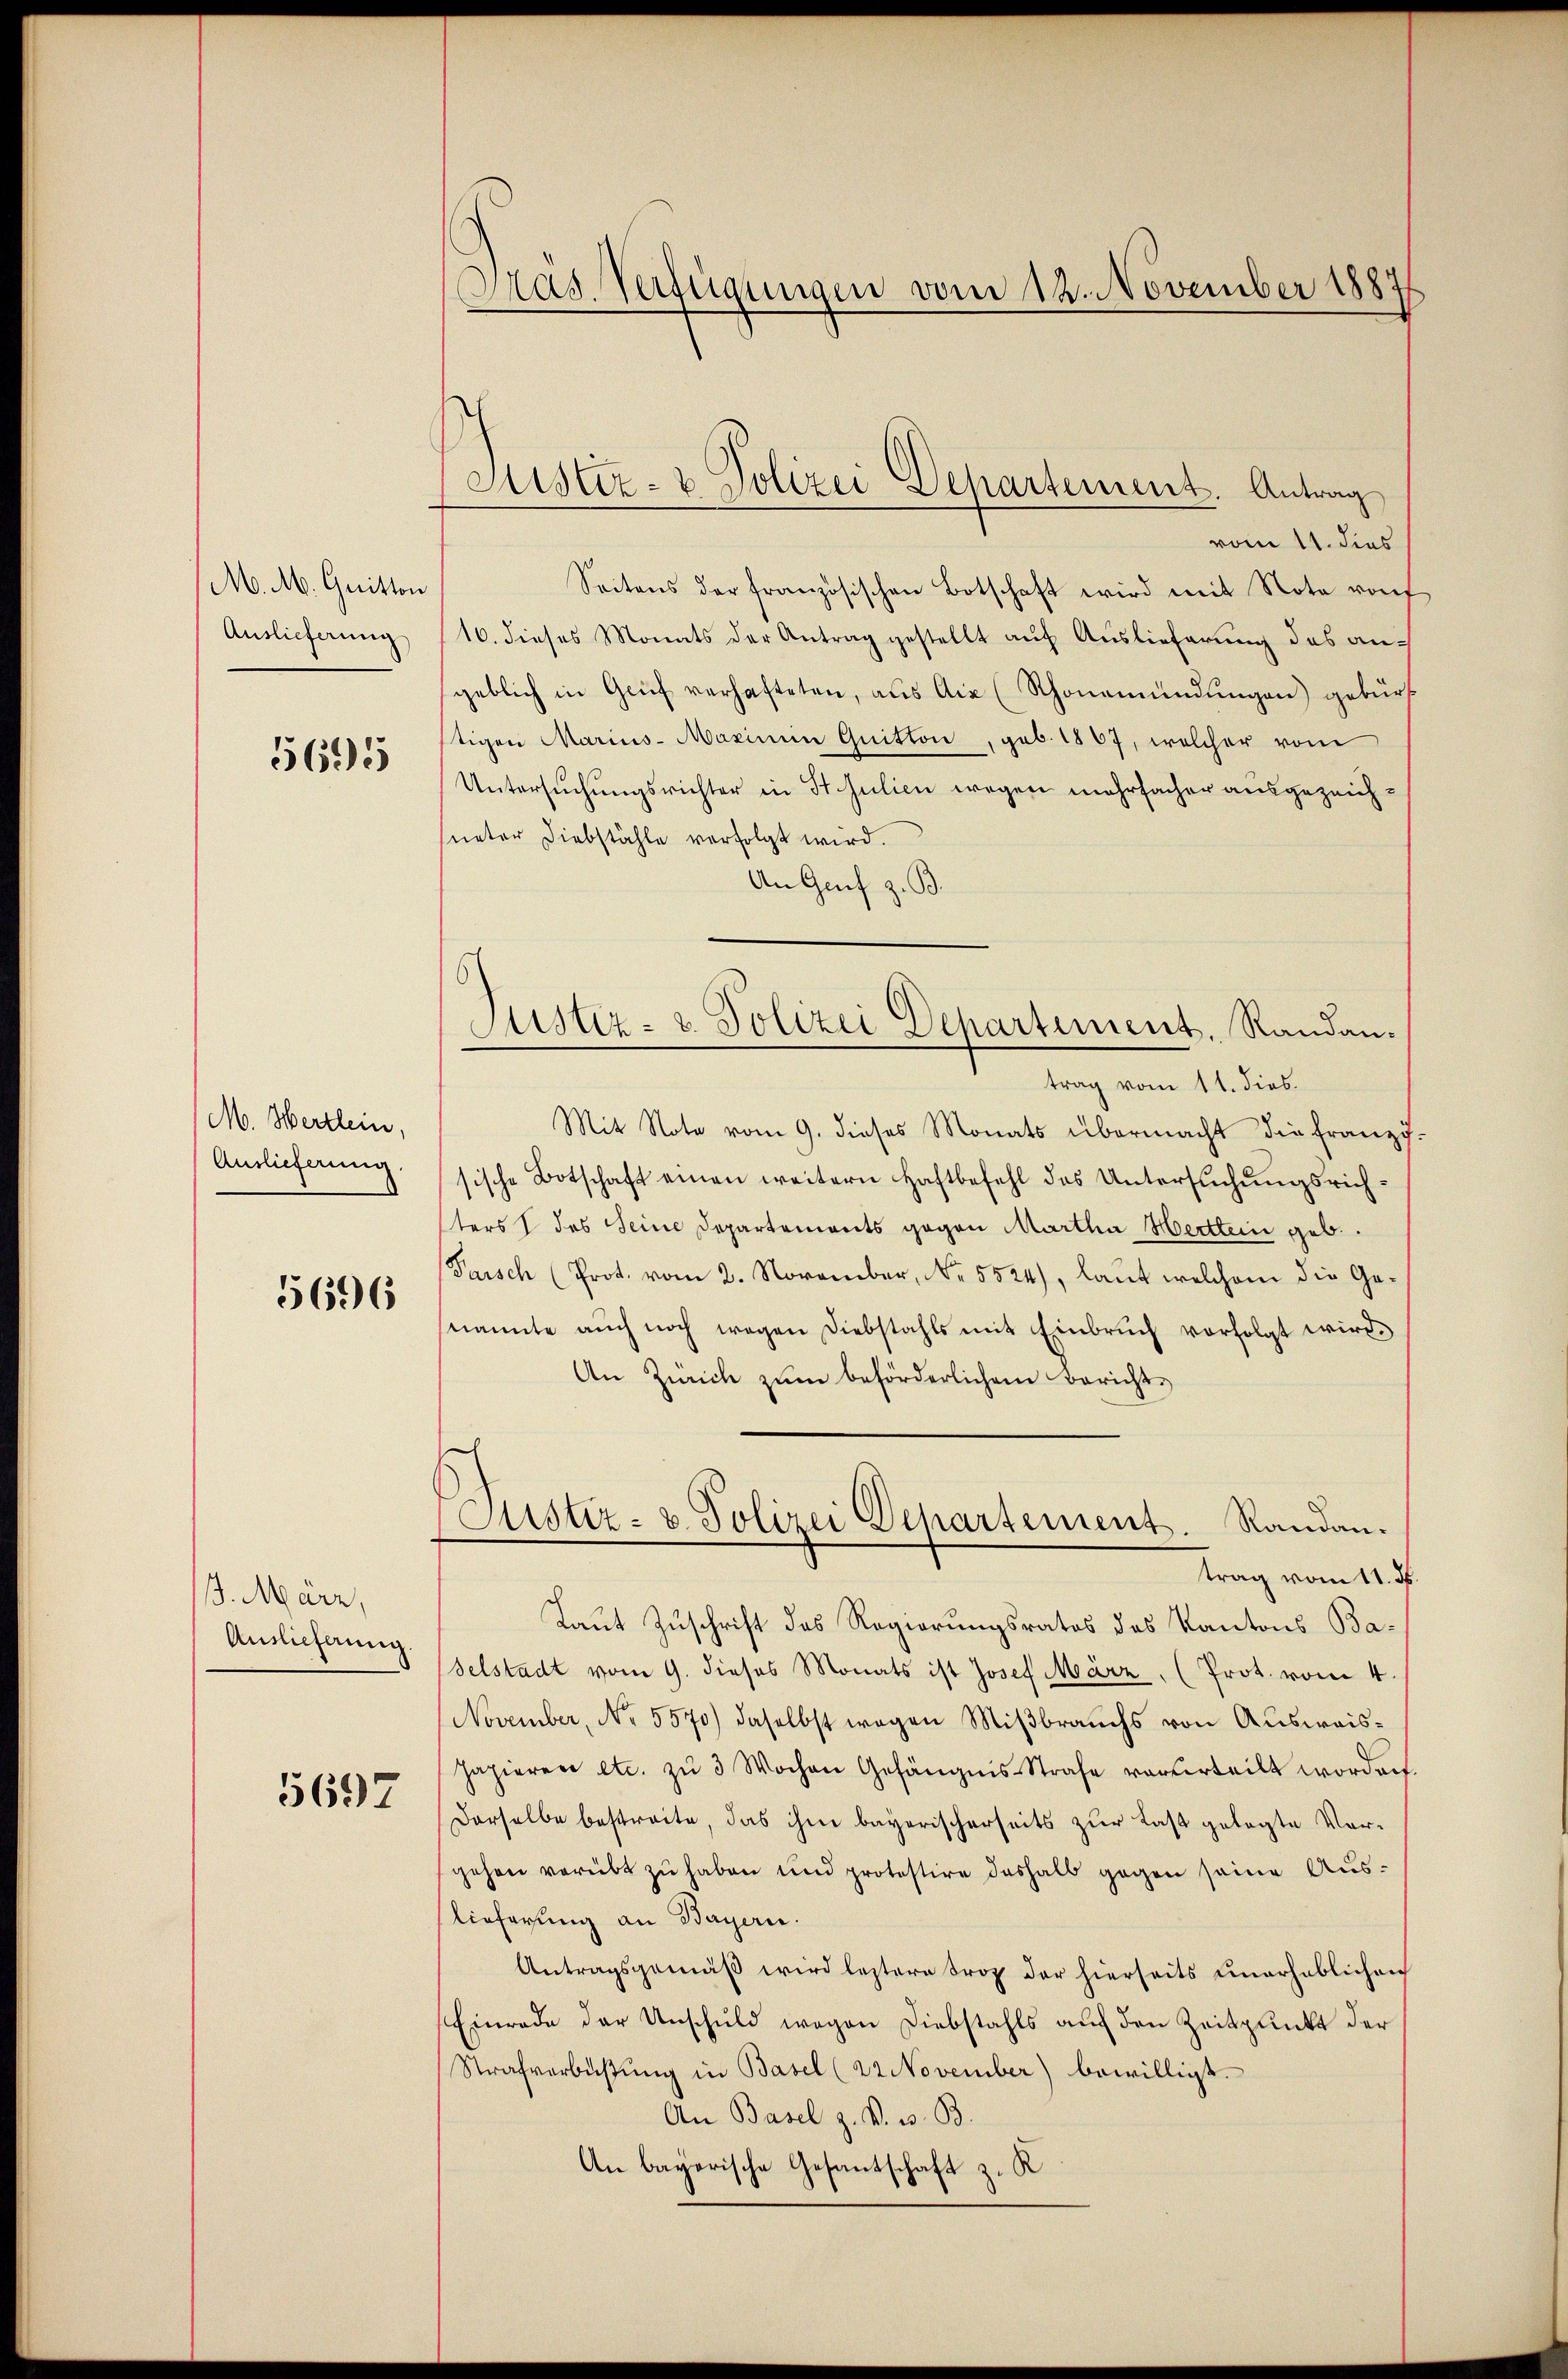
M. M. Quitton
Auslieferung

5695

M. Hertlein,
Auslieferung.

5696

J. März,
Anslicherung

5697

Pras. Verfügungen vom 12. November 1887

vom 11. dies
Seitens der französischen Botschaft wird mit Note raf
16. dieses Monats der Antrag gestellt auf Auslieferung des angeblich in Grŭf verhafteten, aus Aix (Schönemündŭngen) gebürt
tigen Marius-Mazinen Quitton, geb. 1867, welcher vom
Untersuchungsrichter in St. Julien wegen mehrfacher ausgezeichueter Diebstähle verfolgt wird.
An Genf z. B.
trag vom 11. dies.
Mit Note vom 9. dieses Monats übermacht die franz-
sische Botschaft einen weitern Haftbefehl des Untersŭchŭngsrich-
ters 1 des Seine Departemonts gegen Martha Merttein geb.
Parsch (Prot. vom 2. November, No. 5524), laut welchem die Genannte aŭch noch wegen Diebstahls mit Einbrŭch vorfolgt wird.
An Zürich zum beförderlichem Bericht¬
Justiz- & Polizei Departement. Randantrag vom 11. ds.
Laut Zuschrift des Regierungsrates des Kantons Baselstadt vom 9. dieses Monats ist Josef März (Prot. vom 4.
November, No. 5570) daselbst wegen Mißbrauchs von Ausweis¬
Japieren etc. zŭ 3 Wochen Gefängnis-Strafe vorderteilt worden.
Derselbe bestreite, das ihm bayerischerseits zur Last gelegte Vorgehen verübt zu haben und protestire deshalb gegen seine Aus-
lieferung an Bayern.
Antragsgemäß wird leztere Frop der hierseits unerheblichen
Einrade der Unschuld wegen Diebstahls auf den Zeitpunkt der
Strafverbüßung in Basel (22 November) bewilligt.
An Basel z. B. 3. B.
An bayerische Gesantschaft z. K

Justiz- & Polizei Departement. Antrag

Justiz- u. Polizei Dehartement, Randan¬